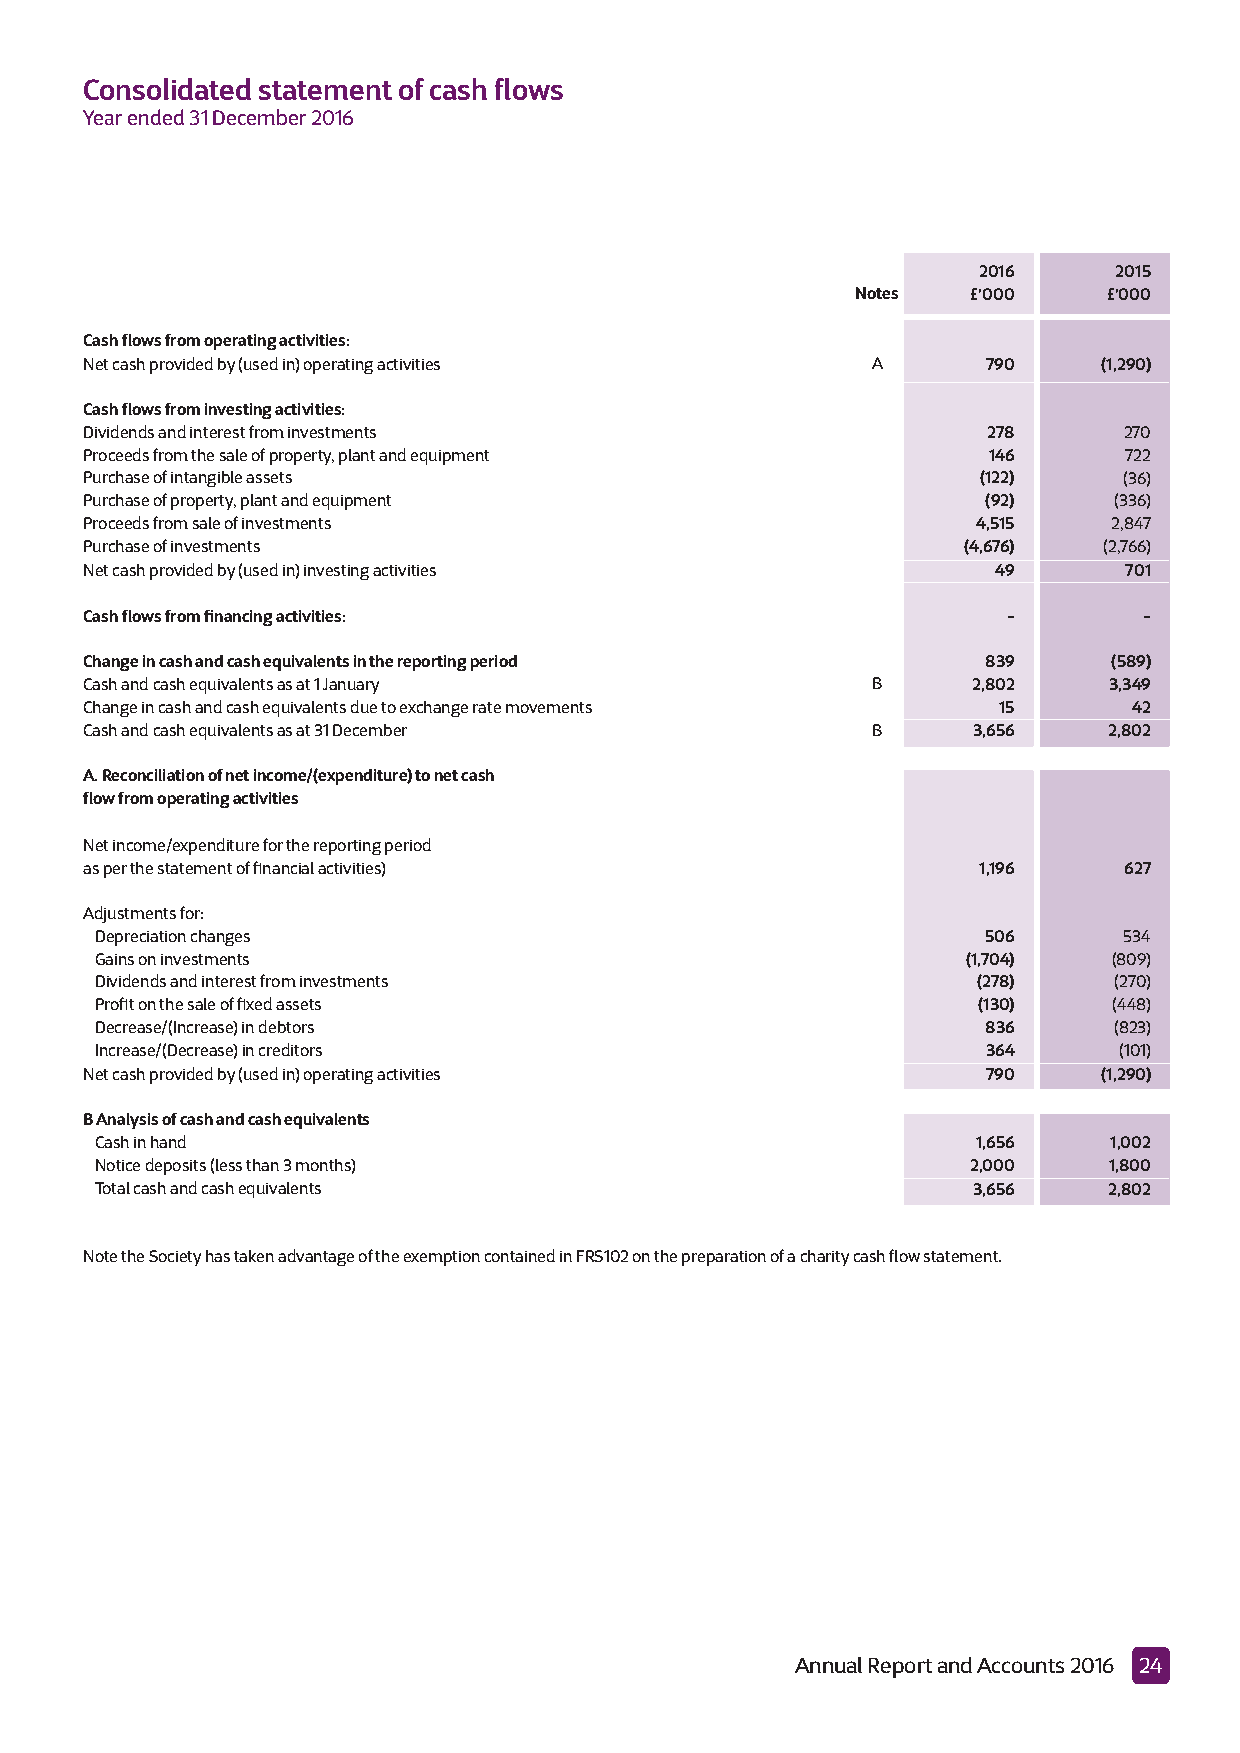
Consolidated statement of cash flows
 Year ended 31 December 2016
 2016     2015
 N o t e s £’000 £’000
 Cash flows from operating activities:
 Net cash provided by (used in) operating activities  A      790     (1,290)
 Cash flows from investing activities:
 Dividends and interest from investments                     278      270
 Proceeds from the sale of property, plant and equipment     146      722
 Purchase of intangible assets                               (122)    (36)
 Purchase of property, plant and equipment                   (92)     (336)
 Proceeds from sale of investments                           4,515    2,847
 Purchase of investments                                    (4,676)  (2,766)
 Net cash provided by (used in) investing activities          49      701
 Cash flows from financing activities:                         -        -
 Change in cash and cash equivalents in the reporting period 839      (589)
 Cash and cash equivalents as at 1 January            B     2,802    3,349
 Change in cash and cash equivalents due to exchange rate movements 15 42
 Cash and cash equivalents as at 31 December          B     3,656    2,802
 A. Reconciliation of net income/(expenditure) to net cash
 flowfrom operating activities
 Net income/expenditure for the reporting period
 as per the statement of financial activities)               1,196    627
 Adjustments for:
 Depreciation changes                                       506      534
 Gains on investments                                      (1,704)   (809)
 Dividends and interest from investments                    (278)    (270)
 Profit on the sale of fixed assets                         (130)    (448)
 Decrease/(Increase) in debtors                             836      (823)
 Increase/(Decrease) in creditors                           364      (101)
 Net cash provided by (used in) operating activities         790     (1,290)
 B Analysis of cash and cash equivalents
 Cash in hand                                               1,656   1,002
 Notice deposits (less than 3 months)                      2,000    1,800
 Total cash and cash equivalents                           3,656    2,802
 Note the Society has taken advantage of the exemption containedin FRS102 on the preparation of a charity cash flow statement.
 Annual Report and Accounts 2016 24